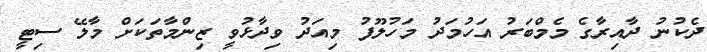
ދެކުނު ދާއިރާގެ މެމްބަރު އަހުމަދު މަހުލޫފު މިއަދު ވިދާޅުވީ ޒިންމާތަކަށް މާލޭ ސިޓީ